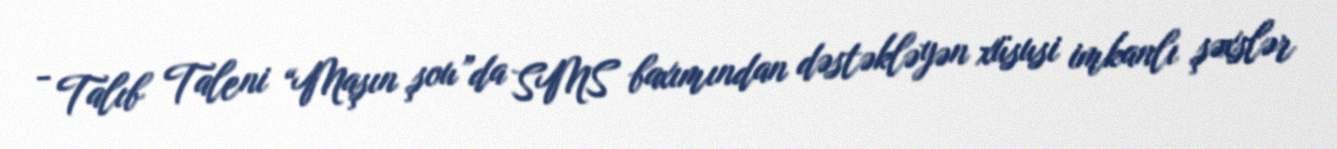
- Talıb Taleni “Maşın şou”da SMS baxımından dəstəkləyən xüsusi imkanlı şəxslər